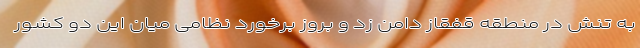
به تنش در منطقه قفقاز دامن زد و بروز برخورد نظامی میان این دو کشور